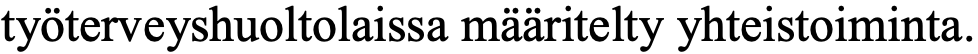
työterveyshuoltolaissa määritelty yhteistoiminta.